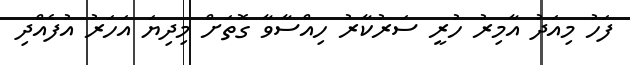
ފަހު މިއަދު އާމިރު ހުރީ ސަރުކާރު ހިއްސާވާ ގޮތަށް މިދިޔަ އަހަރު އުފެއްދި